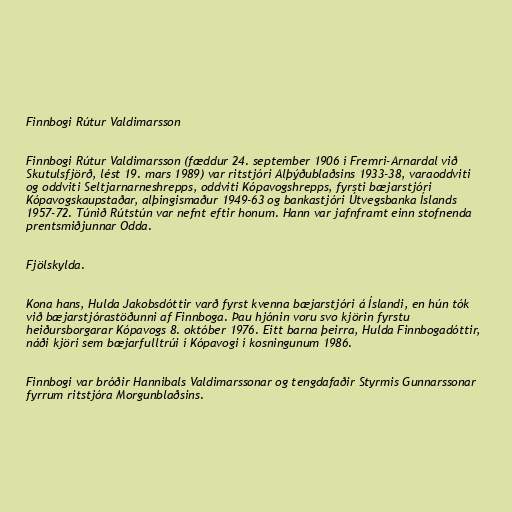
Finnbogi Rútur Valdimarsson

Finnbogi Rútur Valdimarsson (fæddur 24. september 1906 í Fremri-Arnardal við
Skutulsfjörð, lést 19. mars 1989) var ritstjóri Alþýðublaðsins 1933-38, varaoddviti
og oddviti Seltjarnarneshrepps, oddviti Kópavogshrepps, fyrsti bæjarstjóri
Kópavogskaupstaðar, alþingismaður 1949-63 og bankastjóri Útvegsbanka Íslands
1957-72. Túnið Rútstún var nefnt eftir honum. Hann var jafnframt einn stofnenda
prentsmiðjunnar Odda.

Fjölskylda.

Kona hans, Hulda Jakobsdóttir varð fyrst kvenna bæjarstjóri á Íslandi, en hún tók
við bæjarstjórastöðunni af Finnboga. Þau hjónin voru svo kjörin fyrstu
heiðursborgarar Kópavogs 8. október 1976. Eitt barna þeirra, Hulda Finnbogadóttir,
náði kjöri sem bæjarfulltrúi í Kópavogi í kosningunum 1986.

Finnbogi var bróðir Hannibals Valdimarssonar og tengdafaðir Styrmis Gunnarssonar
fyrrum ritstjóra Morgunblaðsins.